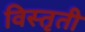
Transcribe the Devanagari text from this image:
विस्तृती